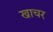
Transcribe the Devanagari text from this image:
खाचर